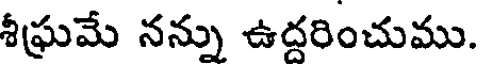
శీఘ్రమే నన్ను ఉద్దరించుము.